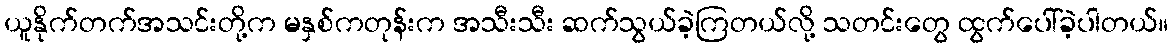
ယူနိုက်တက်အသင်းတို့က မနှစ်ကတုန်းက အသီးသီး ဆက်သွယ်ခဲ့ကြတယ်လို့ သတင်းတွေ ထွက်ပေါ်ခဲ့ပါတယ်။